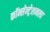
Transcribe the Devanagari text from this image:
कॉन्सेन्ट्रेशनला